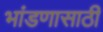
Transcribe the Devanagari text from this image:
भांडणासाठी